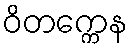
ဝိတက္ကေန